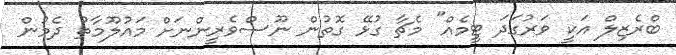
ބްރެޒިލް އަކީ ވަރުގަދަ ޓީމެއް" މެޗާ ގުޅޭ ގޮތުން ނޫސްވެރީންނަށް މައުލޫމާތު ދެމުން